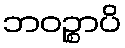
ဘဝဉ္စာပိ